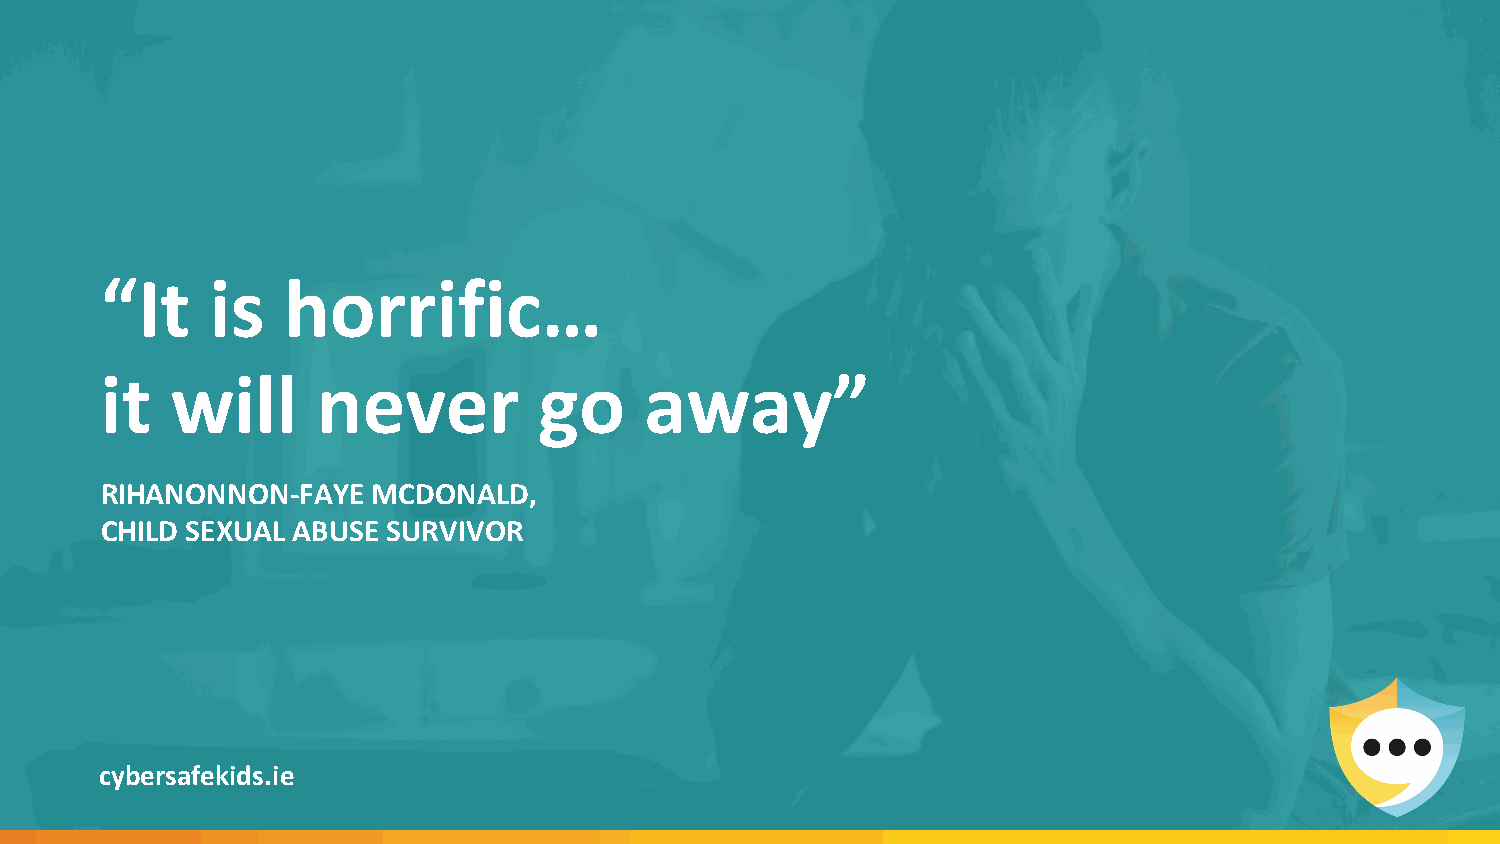
“It    is   horrific…
 it  will      never          go     away”
 RIHANONNON-FAYE   MCDONALD,
 CHILD SEXUAL ABUSE SURVIVOR
 cybersafekids.ie